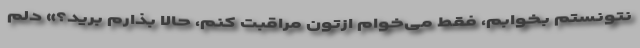
نتونستم بخوابم، فقط می‌خوام ازتون مراقبت کنم، حالا بذارم برید؟» دلم